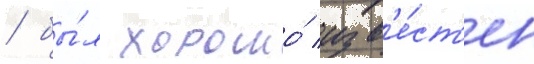
/ бы́л хорошо́ изв'е́ст'ен